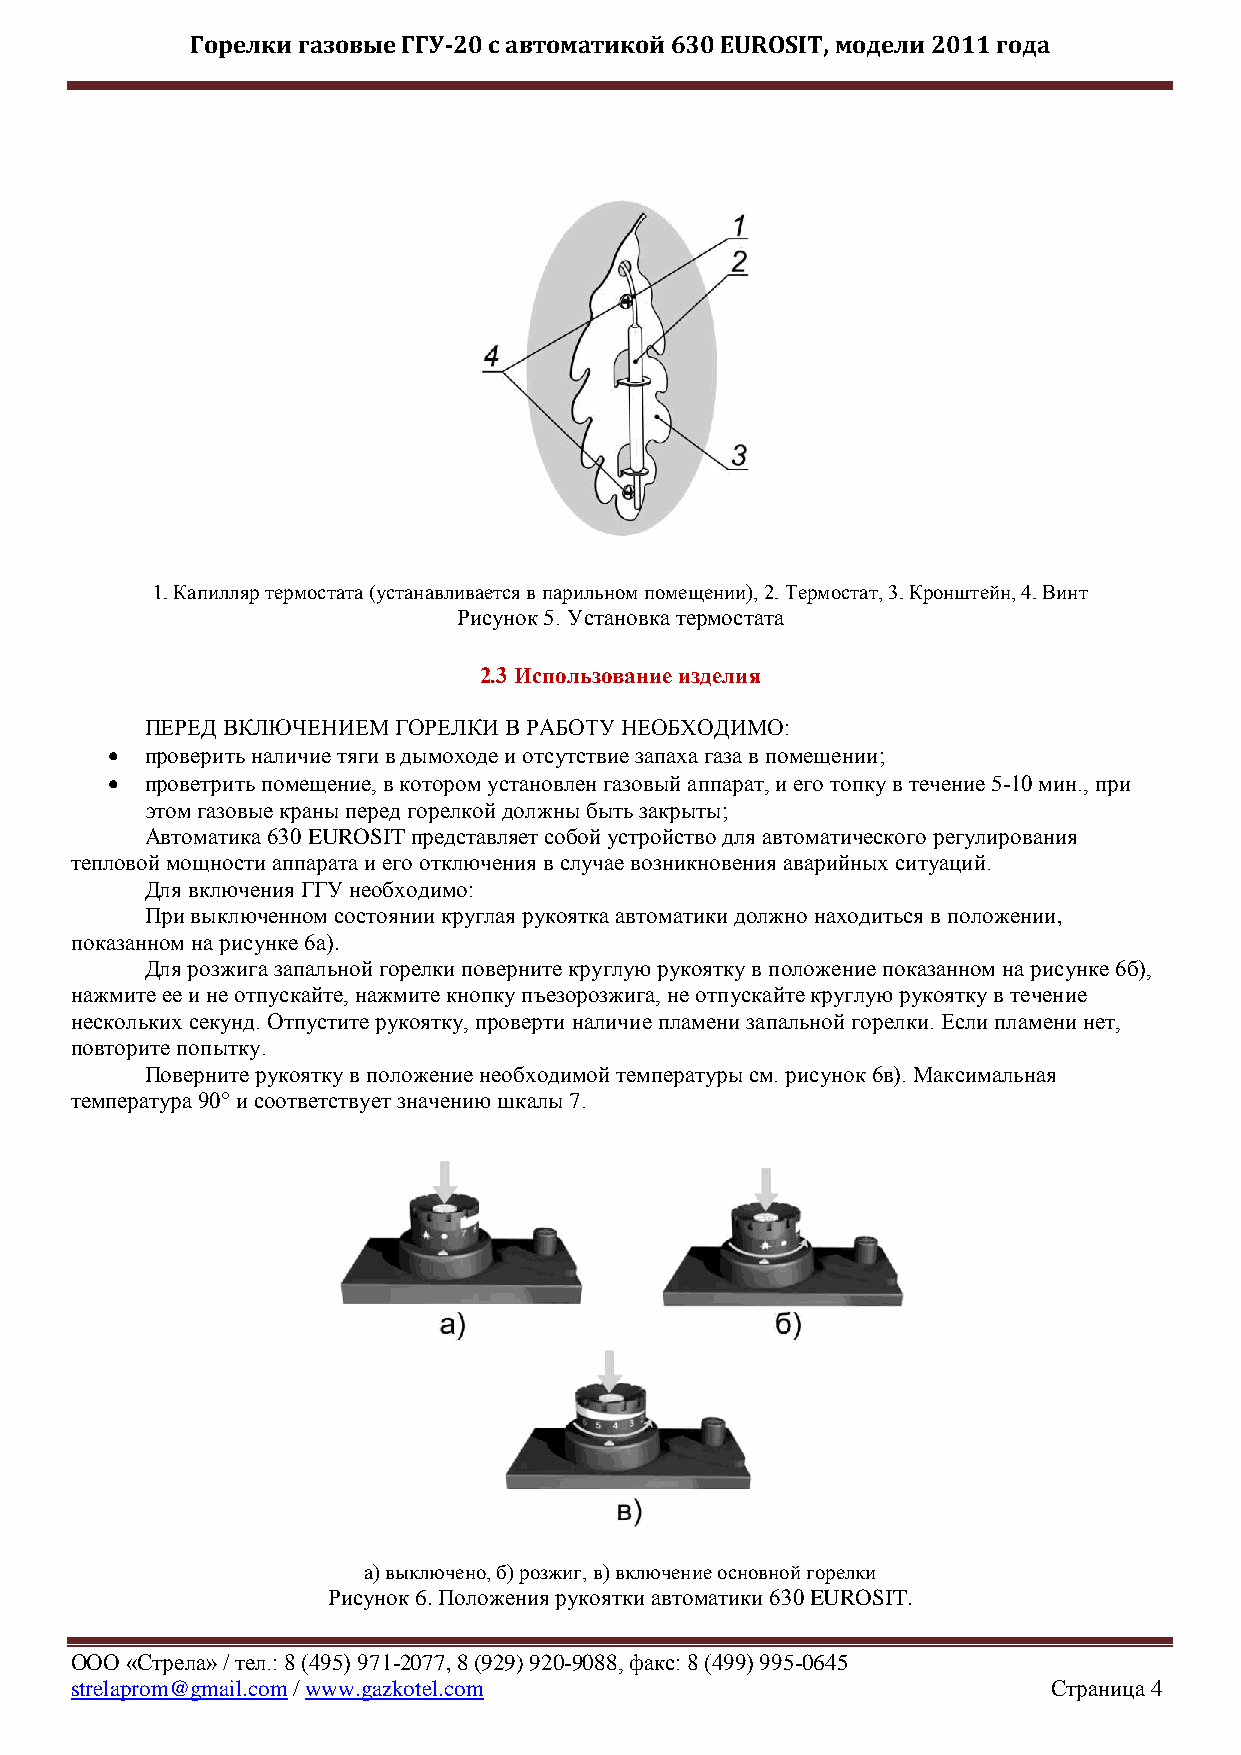
Горелки газовые ГГУ-20 с автоматикой 630 EUROSIT, модели 2011 года
 1. Капилляр термостата (устанавливается в парильном помещении), 2. Термостат, 3. Кронштейн, 4. Винт
 Рисунок 5. Установка термостата
 2.3 Использование изделия
 ПЕРЕД ВКЛЮЧЕНИЕМ ГОРЕЛКИ В РАБОТУ НЕОБХОДИМО:
   проверить наличие тяги в дымоходе и отсутствие запаха газа в помещении;
   проветрить помещение, в котором установлен газовый аппарат, и его топку в течение 5-10 мин., при
 этом газовые краны перед горелкой должны быть закрыты;
 Автоматика 630 EUROSIT представляет собой устройство для автоматического регулирования
 тепловой мощности аппарата и его отключения в случае возникновения аварийных ситуаций.
 Для включения ГГУ необходимо:
 При выключенном состоянии круглая рукоятка автоматики должно находиться в положении,
 показанном на рисунке 6а).
 Для розжига запальной горелки поверните круглую рукоятку в положение показанном на рисунке 6б),
 нажмите ее и не отпускайте, нажмите кнопку пъезорозжига, не отпускайте круглую рукоятку в течение
 нескольких секунд. Отпустите рукоятку, проверти наличие пламени запальной горелки. Если пламени нет,
 повторите попытку.
 Поверните рукоятку в положение необходимой температуры см. рисунок 6в). Максимальная
 температура 90° и соответствует значению шкалы 7.
 а) выключено, б) розжиг, в) включение основной горелки
 Рисунок 6. Положения рукоятки автоматики 630 EUROSIT.
 ООО «Стрела» / тел.: 8 (495) 971-2077, 8 (929) 920-9088, факс: 8 (499) 995-0645
 strelaprom@gmail.com / www.gazkotel.com                          Страница 4